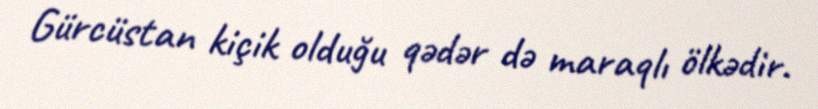
Gürcüstan kiçik olduğu qədər də maraqlı ölkədir.